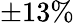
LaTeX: \pm 13\%